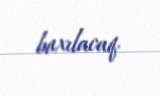
baxılacaq.